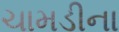
ચામડીના